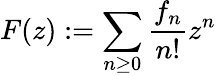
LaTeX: F(z):=\sum_{n\geq 0}{\frac{f_{n}}{n!}}z^{n}